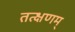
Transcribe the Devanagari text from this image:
तत्क्षणम्